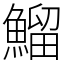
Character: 鰡